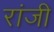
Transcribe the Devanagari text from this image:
रांजी